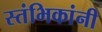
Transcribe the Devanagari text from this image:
स्तंभिकांनी